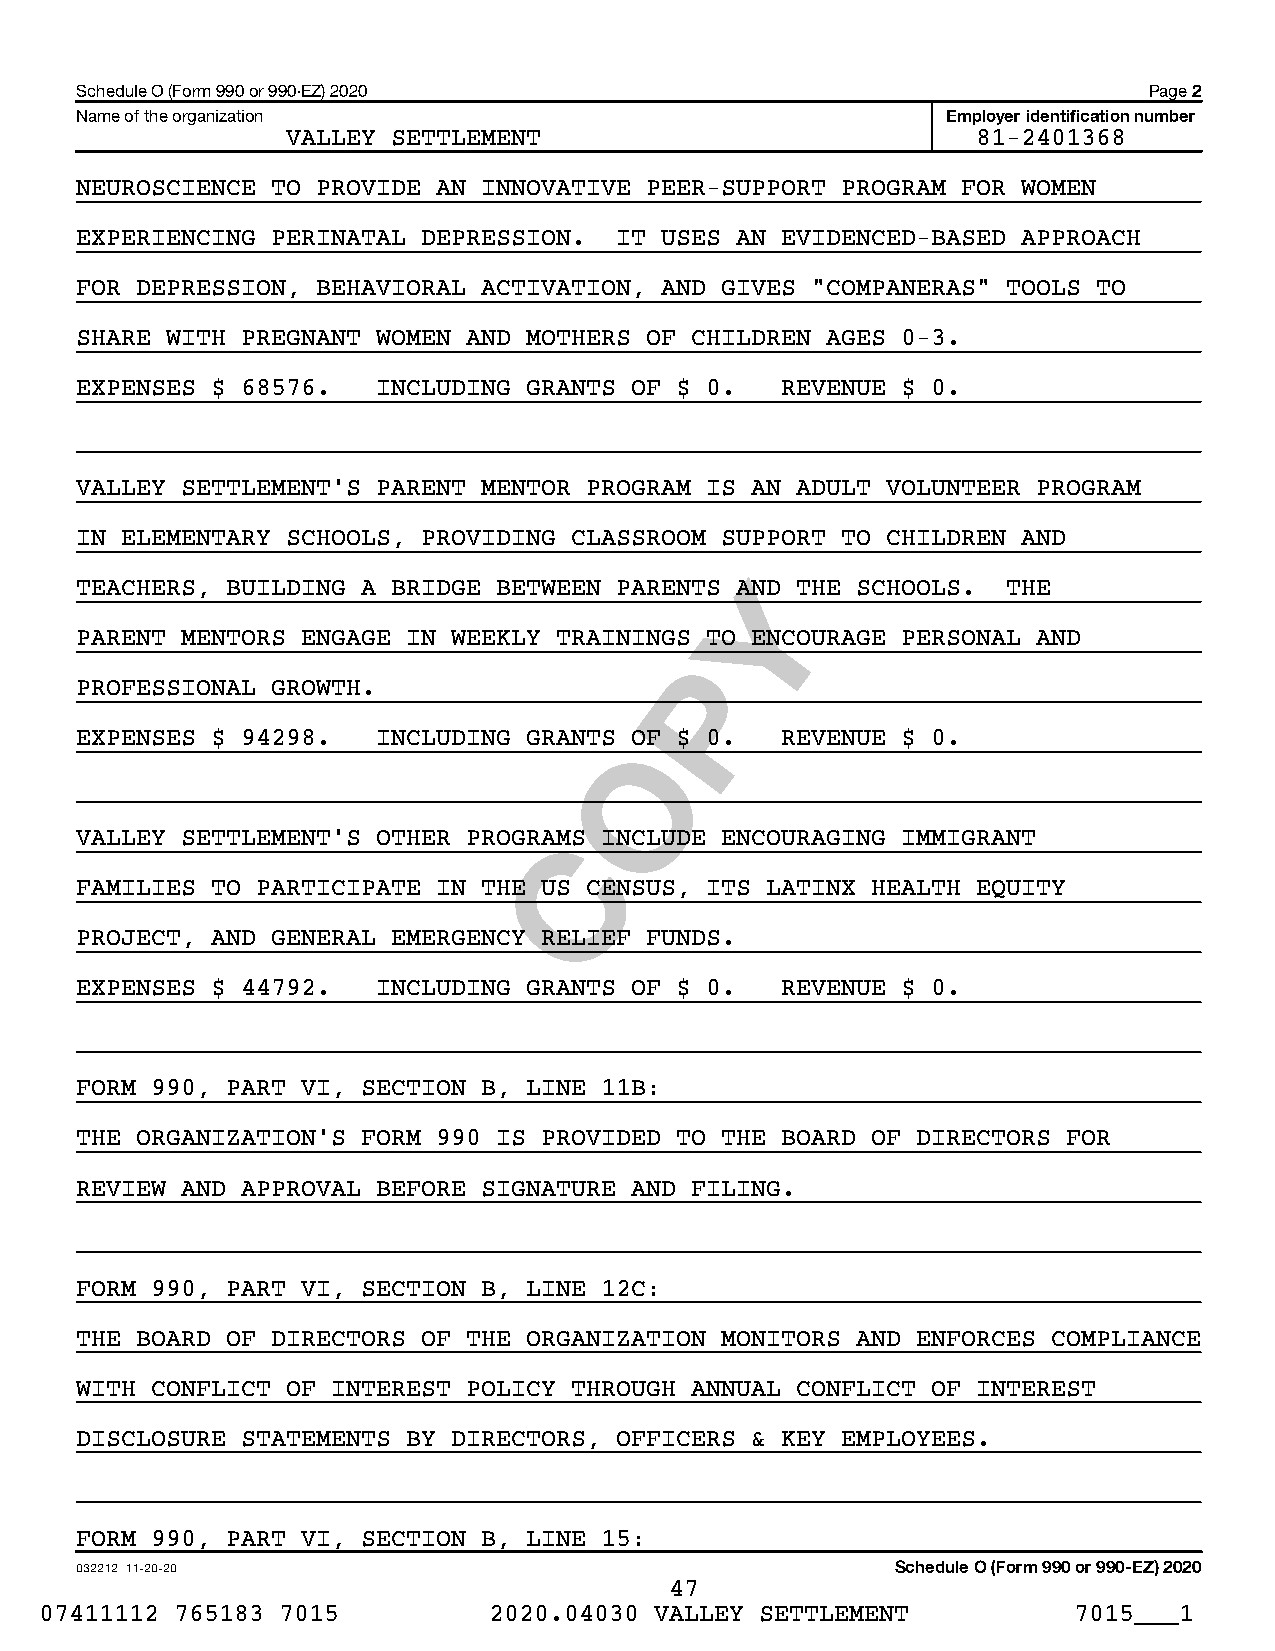
Schedule O (Form 990 or 990-EZ) 2020                                   Page 2
 Name of the organization                                  Employer identification number
 VALLEY SETTLEMENT                             81-2401368
 NEUROSCIENCE TO PROVIDE AN INNOVATIVE PEER-SUPPORT PROGRAM FOR WOMEN
 EXPERIENCING PERINATAL DEPRESSION.  IT USES AN EVIDENCED-BASED APPROACH
 FOR DEPRESSION, BEHAVIORAL ACTIVATION, AND GIVES "COMPANERAS" TOOLS TO
 SHARE WITH PREGNANT WOMEN AND MOTHERS OF CHILDREN AGES 0-3.
 EXPENSES $ 68576.   INCLUDING GRANTS OF $ 0.   REVENUE $ 0.
 VALLEY SETTLEMENT’S PARENT MENTOR PROGRAM IS AN ADULT VOLUNTEER PROGRAM
 IN ELEMENTARY SCHOOLS, PROVIDING CLASSROOM SUPPORT TO CHILDREN AND
 Y
 TEACHERS, BUILDING A BRIDGE BETWEEN PARENTS AND THE SCHOOLS.  THE
 PARENT MENTORS ENGAGE IN WEEKLY TRAININGS TO ENCOURAGE PERSONAL AND
 P
 PROFESSIONAL GROWTH.
 EXPENSES $ 94298.   INCLUDING GRANTS OOF $ 0.  REVENUE $ 0.
 VALLEY SETTLEMENT’S OTHER PROGRACMS INCLUDE ENCOURAGING IMMIGRANT
 FAMILIES TO PARTICIPATE IN THE US CENSUS, ITS LATINX HEALTH EQUITY
 PROJECT, AND GENERAL EMERGENCY RELIEF FUNDS.
 EXPENSES $ 44792.   INCLUDING GRANTS OF $ 0.   REVENUE $ 0.
 FORM 990, PART VI, SECTION B, LINE 11B:
 THE ORGANIZATION’S FORM 990 IS PROVIDED TO THE BOARD OF DIRECTORS FOR
 REVIEW AND APPROVAL BEFORE SIGNATURE AND FILING.
 FORM 990, PART VI, SECTION B, LINE 12C:
 THE BOARD OF DIRECTORS OF THE ORGANIZATION MONITORS AND ENFORCES COMPLIANCE
 WITH CONFLICT OF INTEREST POLICY THROUGH ANNUAL CONFLICT OF INTEREST
 DISCLOSURE STATEMENTS BY DIRECTORS, OFFICERS & KEY EMPLOYEES.
 FORM 990, PART VI, SECTION B, LINE 15:
 032212 11-20-20                                       Schedule O (Form 990 or 990-EZ) 2020
 47
 07411112 765183 7015         2020.04030 VALLEY SETTLEMENT           7015___1